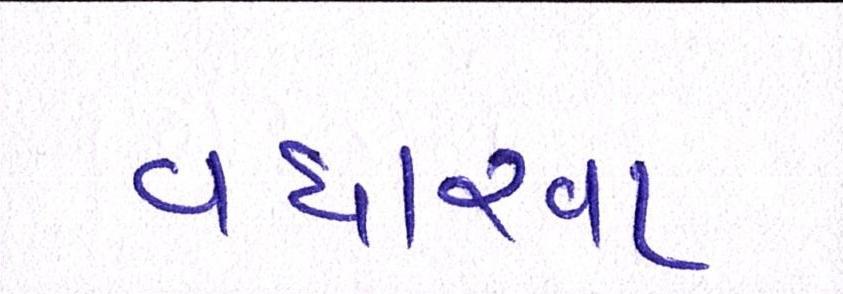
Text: વધારવા